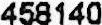
458140